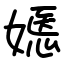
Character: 嫕